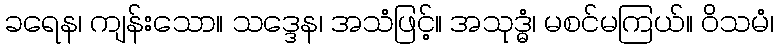
ခရေန၊ ကျန်းသော။ သဒ္ဒေန၊ အသံဖြင့်။ အသုဒ္ဓံ၊ မစင်မကြယ်။ ဝိသမံ၊